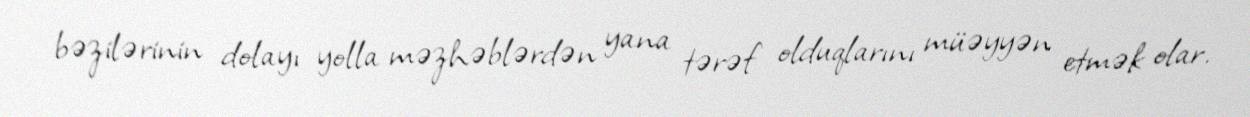
bəzilərinin dolayı yolla məzhəblərdən yana tərəf olduqlarını müəyyən etmək olar.